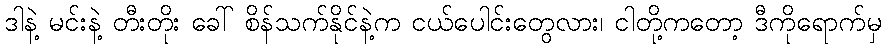
ဒါနဲ့ မင်းနဲ့ တီးတိုး ခေါ် စိန်သက်နိုင်နဲ့က ငယ်ပေါင်းတွေလား၊ ငါတို့ကတော့ ဒီကိုရောက်မှ